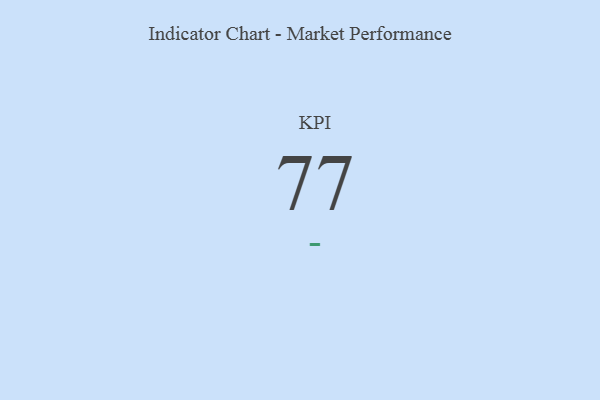
{"axis": {"x": "KPI", "y": "Value"}, "legend": [""], "data": [{"x": "KPI", "y": 77, "type": ""}]}